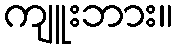
ကျူးဘား။